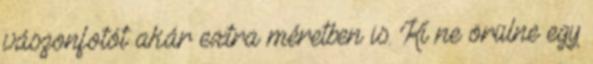
vászonfotót akár extra méretben is. Ki ne örülne egy